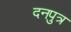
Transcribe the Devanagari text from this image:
दनपुत्र